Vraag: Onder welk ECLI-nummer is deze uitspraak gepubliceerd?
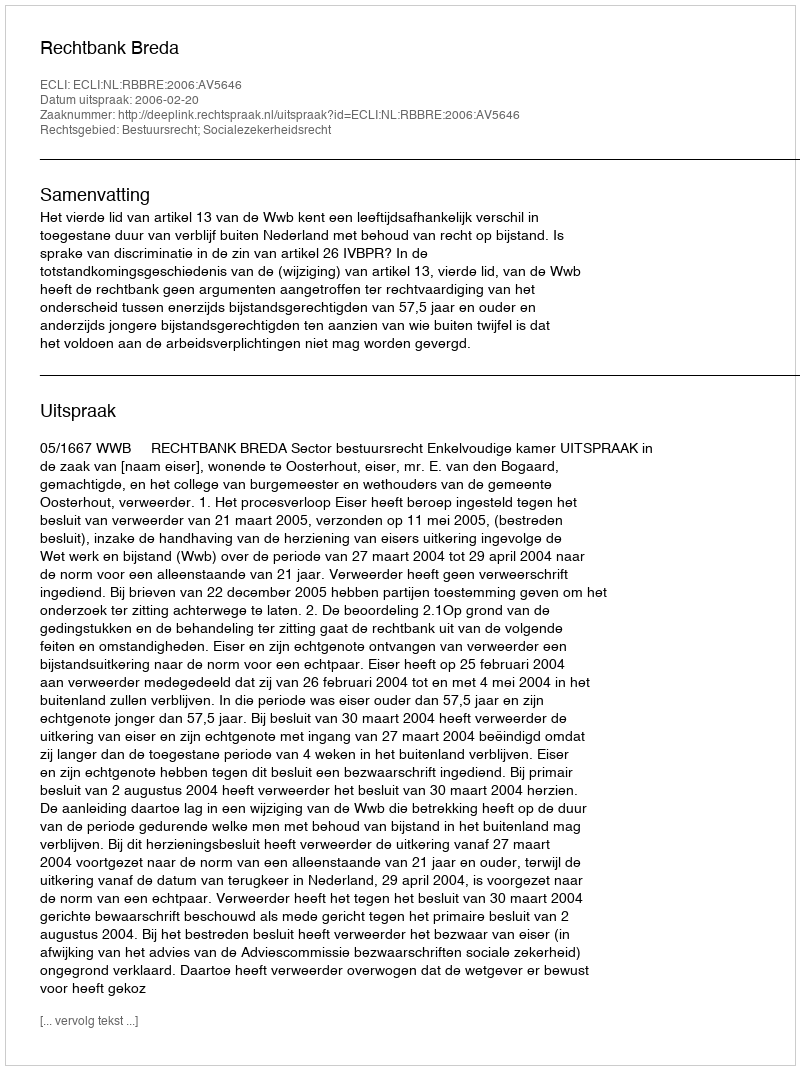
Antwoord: ECLI:NL:RBBRE:2006:AV5646